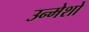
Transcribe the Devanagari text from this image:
उन्मेशों